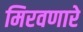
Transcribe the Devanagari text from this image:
मिरवणारे